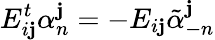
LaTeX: E_{i\mathbf{j}}^{t}\alpha_{n}^{\mathbf{j}}=-E_{i\mathbf{j}}\tilde{{\alpha}}_{-n}^{\mathbf{j}}